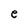
Character: e